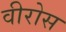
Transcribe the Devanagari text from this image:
वीरोस